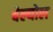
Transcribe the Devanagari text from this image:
बैल्योल